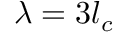
\lambda = 3 l _ { c }